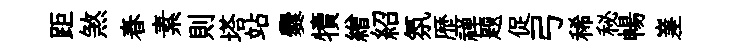
距煞春素則塔站爨犢繒紹氛歴禅题促弓稀秘暢嵳